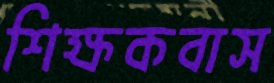
শিক্ষকবাস